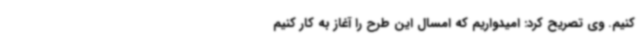
کنیم. وی تصریح کرد: امیدواریم که امسال این طرح را آغاز به کار کنیم